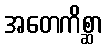
အတေကိစ္ဆာ